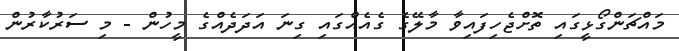
މައްޗަންގޯޅީގައި ތޮށްޖެހިފައިވާ މާލޭގެ ގެއެއްގައި ގިނަ އަދަދެއްގެ މީހުން - މި ސަރުކާރުން